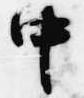
中